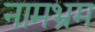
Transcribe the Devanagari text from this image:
नामभ्रम